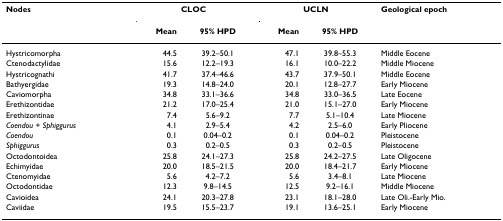
<table><thead><tr><td><b>Nodes</b></td><td colspan="2"><b>CLOC</b></td><td colspan="2"><b>UCLN</b></td><td><b>Geological epoch</b></td></tr><tr><td></td><td><b>Mean</b></td><td><b>95% HPD</b></td><td><b>Mean</b></td><td><b>95% HPD</b></td><td></td></tr></thead><tbody><tr><td>Hystricomorpha</td><td>44.5</td><td>39.2–50.1</td><td>47.1</td><td>39.8–55.3</td><td>Middle Eocene</td></tr><tr><td>Ctenodactylidae</td><td>15.6</td><td>12.2–19.3</td><td>16.1</td><td>10.0–22.2</td><td>Middle Miocene</td></tr><tr><td>Hystricognathi</td><td>41.7</td><td>37.4–46.6</td><td>43.7</td><td>37.9–50.1</td><td>Middle Eocene</td></tr><tr><td>Bathyergidae</td><td>19.3</td><td>14.8–24.0</td><td>20.1</td><td>12.8–27.7</td><td>Early Miocene</td></tr><tr><td>Caviomorpha</td><td>34.8</td><td>33.1–36.6</td><td>34.8</td><td>33.0–36.5</td><td>Late Eocene</td></tr><tr><td>Erethizontidae</td><td>21.2</td><td>17.0–25.4</td><td>21.0</td><td>15.1–27.0</td><td>Early Miocene</td></tr><tr><td>Erethizontinae</td><td>7.4</td><td>5.6–9.2</td><td>7.7</td><td>5.1–10.4</td><td>Late Miocene</td></tr><tr><td><i>Coendou </i>+ <i>Sphiggurus</i></td><td>4.1</td><td>2.9–5.4</td><td>4.2</td><td>2.5–6.0</td><td>Early Pliocene</td></tr><tr><td><i>Coendou</i></td><td>0.1</td><td>0.04–0.2</td><td>0.1</td><td>0.04–0.2</td><td>Pleistocene</td></tr><tr><td><i>Sphiggurus</i></td><td>0.3</td><td>0.2–0.5</td><td>0.3</td><td>0.2–0.5</td><td>Pleistocene</td></tr><tr><td>Octodontoidea</td><td>25.8</td><td>24.1–27.3</td><td>25.8</td><td>24.2–27.5</td><td>Late Oligocene</td></tr><tr><td>Echimyidae</td><td>20.0</td><td>18.5–21.5</td><td>20.0</td><td>18.4–21.7</td><td>Early Miocene</td></tr><tr><td>Ctenomyidae</td><td>5.6</td><td>4.2–7.2</td><td>5.6</td><td>3.4–8.1</td><td>Late Miocene</td></tr><tr><td>Octodontidae</td><td>12.3</td><td>9.8–14.5</td><td>12.5</td><td>9.2–16.1</td><td>Middle Miocene</td></tr><tr><td>Cavioidea</td><td>24.1</td><td>20.3–27.8</td><td>23.1</td><td>18.1–28.0</td><td>Late Oli.-Early Mio.</td></tr><tr><td>Caviidae</td><td>19.5</td><td>15.5–23.7</td><td>19.1</td><td>13.6–25.1</td><td>Early Miocene</td></tr></tbody></table>